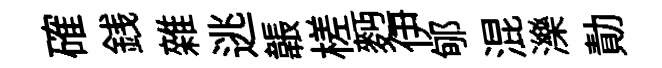
確銭雜逃韔槎麪伊郇混濼勣